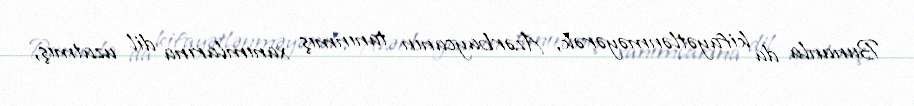
Bununla da kifayətlənməyərək, Azərbaycanın tanınmış xanımlarına dil uzatmış,